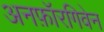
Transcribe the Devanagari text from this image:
अनफ़ॉरगिवेन